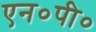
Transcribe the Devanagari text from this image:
एन०पी०